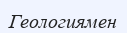
Геологиямен